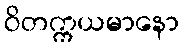
ဝိတက္ကယမာနော